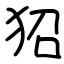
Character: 㹦